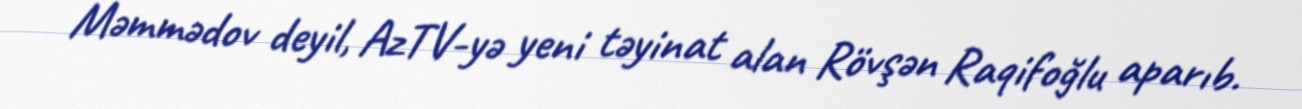
Məmmədov deyil, AzTV-yə yeni təyinat alan Rövşən Raqifoğlu aparıb.